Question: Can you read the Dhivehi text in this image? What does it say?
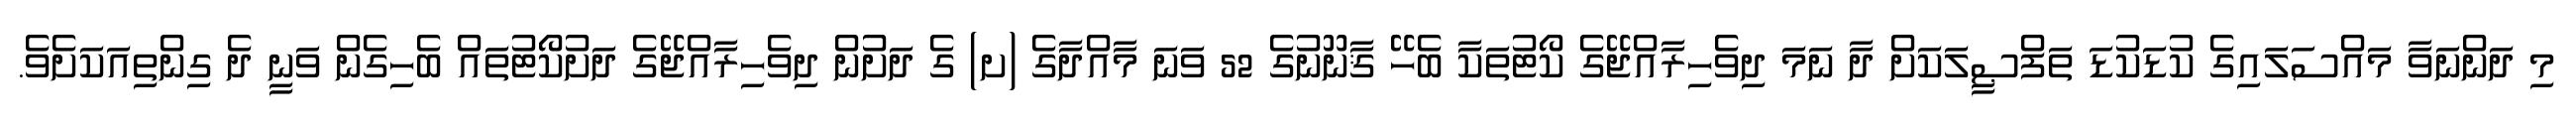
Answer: މި ދަންނަވާ މައްސަލައިގެ ކުޑަކުޑަ ތަފްޞީލަކަށް ދާ ނަމަ ދިވެހިރާއްޖޭގެ ކޯޓުތަކާ ބެހޭ ޤާނޫނުގެ 52 ވަނަ މާއްދާގެ (ށ) ގެ ދަށުން ދިވެހިރާއްޖޭގެ ދަށުކޯޓުތައް ބެހިގެން ވަނީ ދެ ގިންތިއަކަށެވެ.